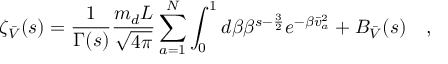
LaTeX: \zeta _ { \bar { \cal V } } ( s ) = \frac { 1 } { \Gamma ( s ) } \frac { m _ { d } L } { \sqrt { 4 \pi } } \sum _ { a = 1 } ^ { N } \int _ { 0 } ^ { 1 } d \beta \beta ^ { s - \frac { 3 } { 2 } } e ^ { - \beta \bar { v } _ { a } ^ { 2 } } + B _ { \bar { \cal V } } ( s ) \quad ,